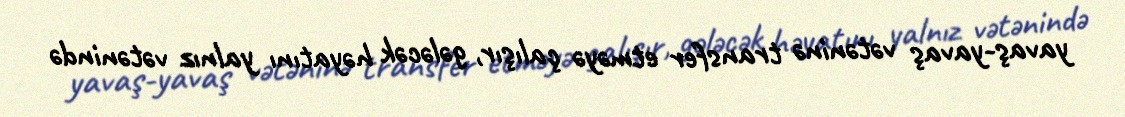
yavaş-yavaş vətəninə transfer etməyə çalışır, gələcək həyatını yalnız vətənində